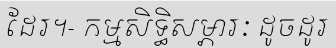
ដែរ។- កម្មសិទ្ធិសម្ភារៈ ដូចដូរ